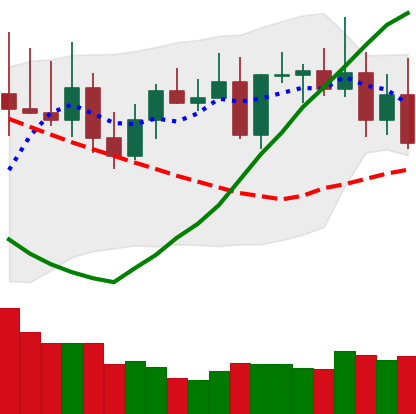
Ticker: TRX-USD
Chart end date: 2022-08-17
Forward return: -3.898%
Label: down_3_5